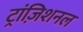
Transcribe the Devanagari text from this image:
ट्रांज़िशनल